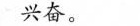
兴奋。